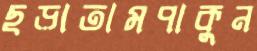
ছড়াতামপাকুন